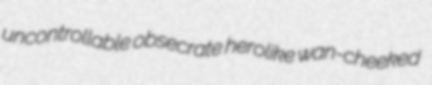
uncontrollable obsecrate herolike wan-cheeked